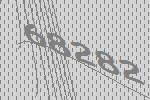
68282